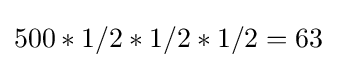
500*1/2*1/2*1/2=63